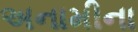
અનામીના